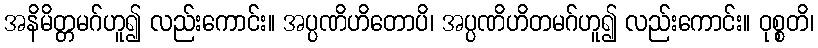
အနိမိတ္တမဂ်ဟူ၍ လည်းကောင်း။ အပ္ပဏိဟိတောပိ၊ အပ္ပဏိဟိတမဂ်ဟူ၍ လည်းကောင်း။ ဝုစ္စတိ၊